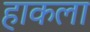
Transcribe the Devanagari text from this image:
हाकला